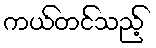
ကယ်တင်သည့်